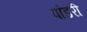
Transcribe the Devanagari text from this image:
पांडरी